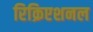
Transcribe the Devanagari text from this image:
रिक्रिएशनल